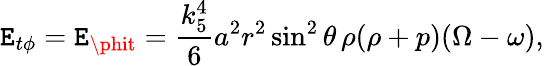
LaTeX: \mathtt{E}_{t\phi}=\mathtt{E}_{\phit}=\frac{{k_{5}^{4}}}{6}a^{2}r^{2}\sin^{2}\theta\, \rho(\rho+p)(\Omega-\omega),